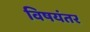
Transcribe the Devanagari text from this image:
विषयंतर